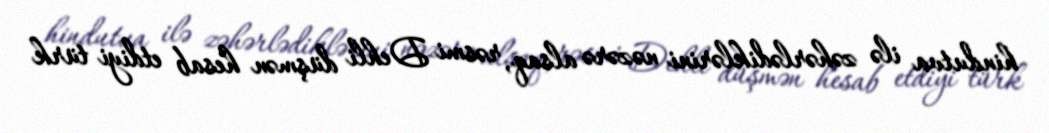
hindutva ilə zəhərlədiklərini nəzərə alsaq, rəsmi Dehli düşmən hesab etdiyi türk